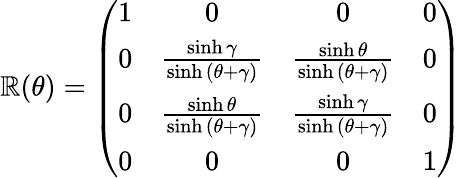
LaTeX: \mathbb{R}(\theta)=\left(\begin{array}{cccc}{{1}}&{{0}}&{{0}}&{{0}}\\ {{0}}&{{\frac{\sinh{\gamma}}{\sinh{(\theta+\gamma)}}}}&{{\frac{\sinh{\theta}}{\sinh{(\theta+\gamma)}}}}&{{0}}\\ {{0}}&{{\frac{\sinh{\theta}}{\sinh{(\theta+\gamma)}}}}&{{\frac{\sinh{\gamma}}{\sinh{(\theta+\gamma)}}}}&{{0}}\\ {{0}}&{{0}}&{{0}}&{{1}}\end{array}\right)